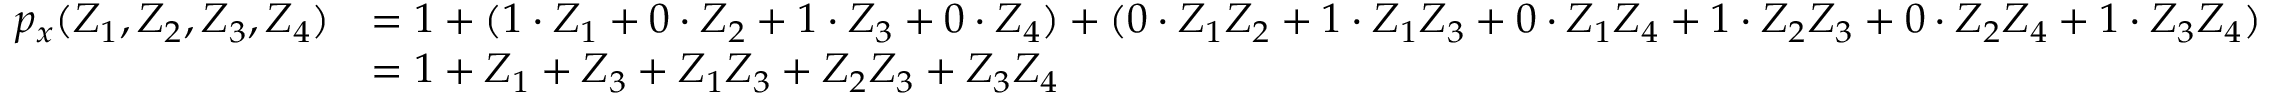
{ \begin{array} { r l } { p _ { x } ( Z _ { 1 } , Z _ { 2 } , Z _ { 3 } , Z _ { 4 } ) } & { = 1 + ( 1 \cdot Z _ { 1 } + 0 \cdot Z _ { 2 } + 1 \cdot Z _ { 3 } + 0 \cdot Z _ { 4 } ) + ( 0 \cdot Z _ { 1 } Z _ { 2 } + 1 \cdot Z _ { 1 } Z _ { 3 } + 0 \cdot Z _ { 1 } Z _ { 4 } + 1 \cdot Z _ { 2 } Z _ { 3 } + 0 \cdot Z _ { 2 } Z _ { 4 } + 1 \cdot Z _ { 3 } Z _ { 4 } ) } \\ & { = 1 + Z _ { 1 } + Z _ { 3 } + Z _ { 1 } Z _ { 3 } + Z _ { 2 } Z _ { 3 } + Z _ { 3 } Z _ { 4 } } \end{array} }